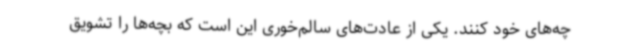
چه‌های خود کنند. یکی از عادت‌های سالم‌خوری این است که بچه‌ها را تشویق